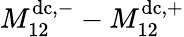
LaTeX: M_{12}^{\mathrm{dc},-}-M_{12}^{\mathrm{dc},+}